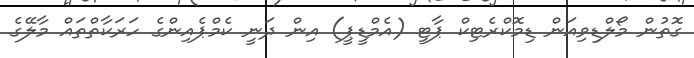
ގޮތުން މޯލްޑިވިއަން ޑިމޮކްރެޓިކް ޕާޓީ (އެމްޑީޕީ) އިން ދަނީ ކެމްޕެއިންގެ ހަރަކާތްތައް މާލޭގެ